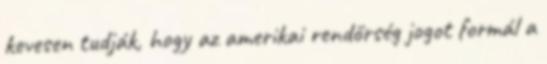
kevesen tudják, hogy az amerikai rendőrség jogot formál a